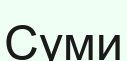
Суми